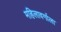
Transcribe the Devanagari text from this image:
महिलावर्गाला